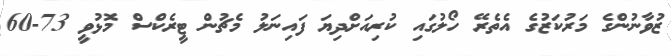
ޒުވާނުންގެ މަރުކަޒުގެ އެތެރޭ ހޯލުގައި ކުރިއަށްދިޔަ ފައިނަލު މެޗުން ޓީރެކްސް މޮޅުވީ 73-60